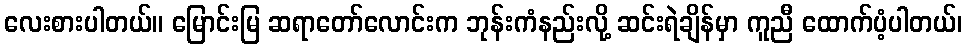
လေးစားပါတယ်။ မြောင်းမြ ဆရာတော်လောင်းက ဘုန်းကံနည်းလို့ ဆင်းရဲချိန်မှာ ကူညီ ထောက်ပံ့ပါတယ်၊